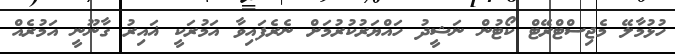
ހުޅުމާލޭ މެޖިސްޓްރޭޓް ކޯޓުން ނަޝީދު ހައްޔަރުކުރުމަށް ނެރެފައިވާ އަމުރަކީ ޣައިރު ގާނޫނީ އަމުރެއް